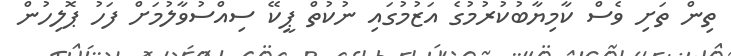
ތިން ތަށި ވެސް ކާމިޔާބުކުރުމުގެ އަޒުމުގައި ނުކުތް ޕީކޭ ސިއްސުވާލުމަށް ފަހު ޕޮލިހުން